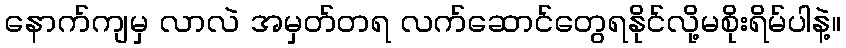
နောက်ကျမှ လာလဲ အမှတ်တရ လက်ဆောင်တွေရနိုင်လို့မစိုးရိမ်ပါနဲ့။